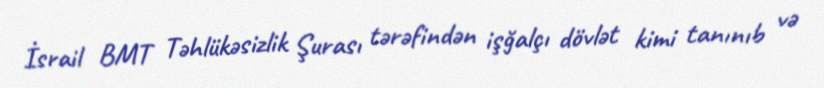
İsrail BMT Təhlükəsizlik Şurası tərəfindən işğalçı dövlət kimi tanınıb və